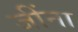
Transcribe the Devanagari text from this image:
जींना